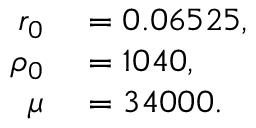
\begin{array} { r l } { r _ { 0 } } & { { } = 0 . 0 6 5 2 5 , } \\ { \rho _ { 0 } } & { { } = 1 0 4 0 , } \\ { \mu } & { { } = 3 4 0 0 0 . } \end{array}